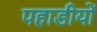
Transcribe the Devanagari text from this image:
पहाडीयों